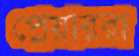
প্লেয়াররা